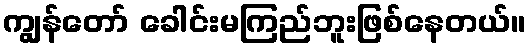
ကျွန်တော် ခေါင်းမကြည်ဘူးဖြစ်နေတယ်။